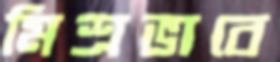
মিশ্রভাবে